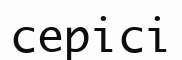
серісі